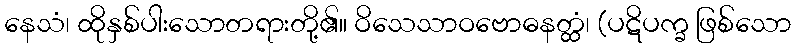
နေသံ၊ ထိုနှစ်ပါးသောတရားတို့၏။ ဝိသေသာဝဗောဓနတ္ထံ၊ (ပဋိပက္ခ ဖြစ်သော